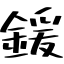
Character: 鍰